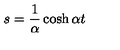
s = \frac { 1 } { \alpha } \cosh \alpha t